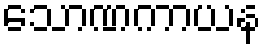
သောဏကာယန